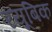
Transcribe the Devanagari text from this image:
रयूबिक